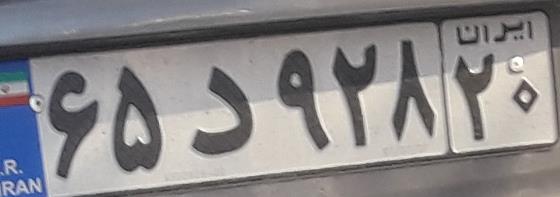
۶۵د۹۲۸۲۰